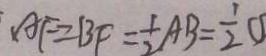
A F = B F = \frac { 1 } { 2 } A B = \frac { 1 } { 2 } O